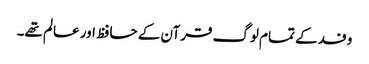
وفد کے تمام لوگ قرآن کے حافظ اور عالم تھے۔